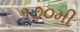
૧૭૦મી